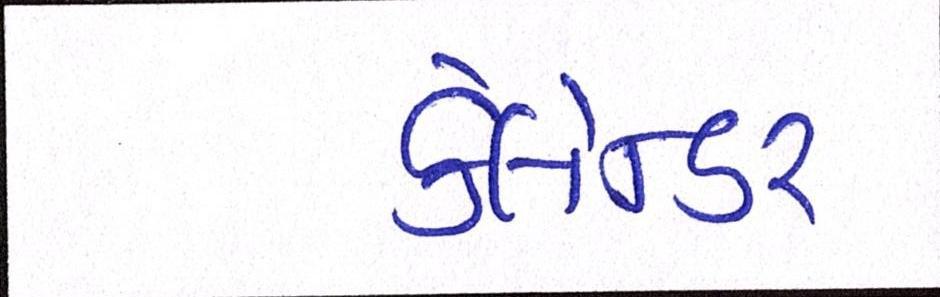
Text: કેલેન્ડર